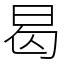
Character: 曷